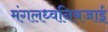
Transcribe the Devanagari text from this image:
मंगलध्वनिबजाई